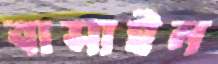
বাসাইল